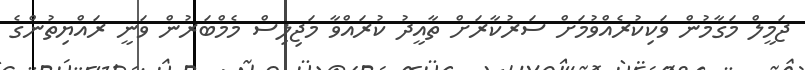
ޖަމީލް މަގާމުން ވަކިކުރެއްވުމަށް ސަރުކާރަށް ތާއީދު ކުރައްވާ މަޖިލިސް މެމްބަރުން ވަނީ ރައްޔިތުންގެ